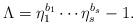
LaTeX: \begin{align*}\Lambda=\eta_1^{b_1}\cdots\eta_s^{b_s}-1.\end{align*}